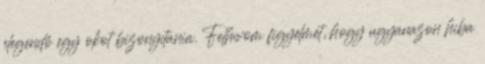
elegendő egy okot bizonyítania. Felhívom figyelmét, hogy ugyanazon hiba